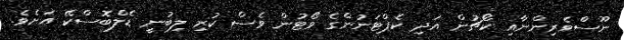
ނޫސްވެރިންނާއި ކޯޗުން އަދި ކެޕްޓަނުންގެ ވޯޓުން ވެސް ކުރި ލިބުނީ ޑެލްބޮސްކޭ އަށެވެ.